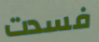
فسدت